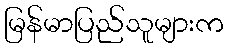
မြန်မာပြည်သူများက